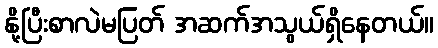
နို့ပြီးစာလဲမပြတ် အဆက်အသွယ်ရှိနေတယ်။